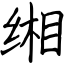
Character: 缃